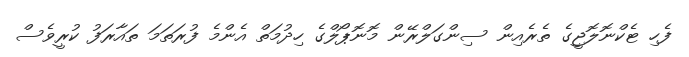
ފެހި ޓެކްނޮލޮޖީގެ ތެރެއިން ސިންގަލްރޭން މޮނޮޕޯލްގެ ހިދުމަތް އެންމެ ފުރަތަމަ ތައާރަފު ކުރީވެސް